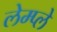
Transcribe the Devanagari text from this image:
लेम्प्ले